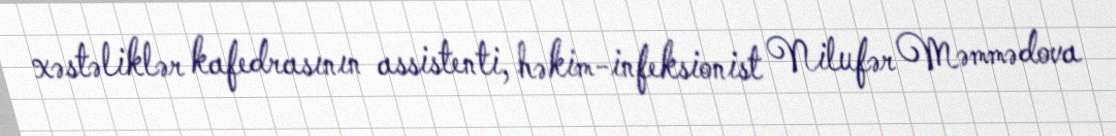
xəstəliklər kafedrasının assistenti, həkim-infeksionist Nilufər Məmmədova